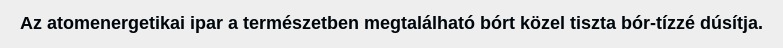
Az atomenergetikai ipar a természetben megtalálható bórt közel tiszta bór-tízzé dúsítja.